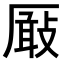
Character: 𠪬